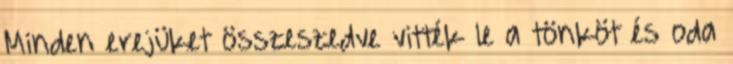
Minden erejüket összeszedve vitték le a tönköt és oda